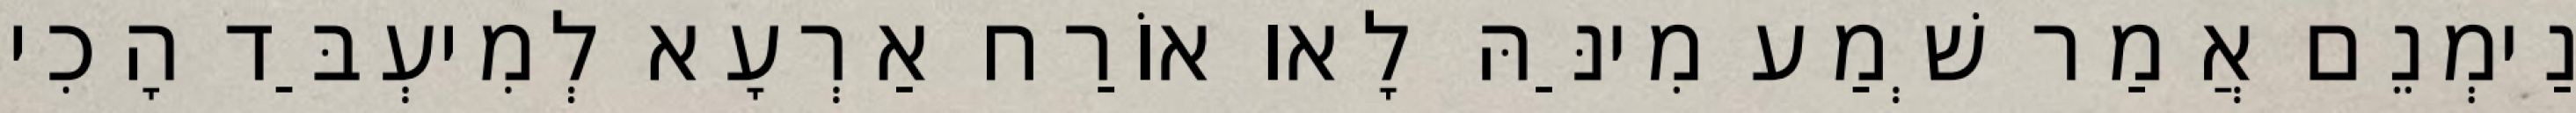
נַימְנֵם אֲמַר שְׁמַע מִינַּהּ לָאו אוֹרַח אַרְעָא לְמִיעְבַּד הָכִי